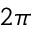
2 \pi